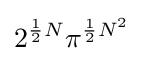
2^{{\frac {1}{2}}N}\pi ^{{\frac {1}{2}}N^{2}}